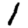
Digit: 1